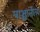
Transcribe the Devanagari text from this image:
पाश्चातीय